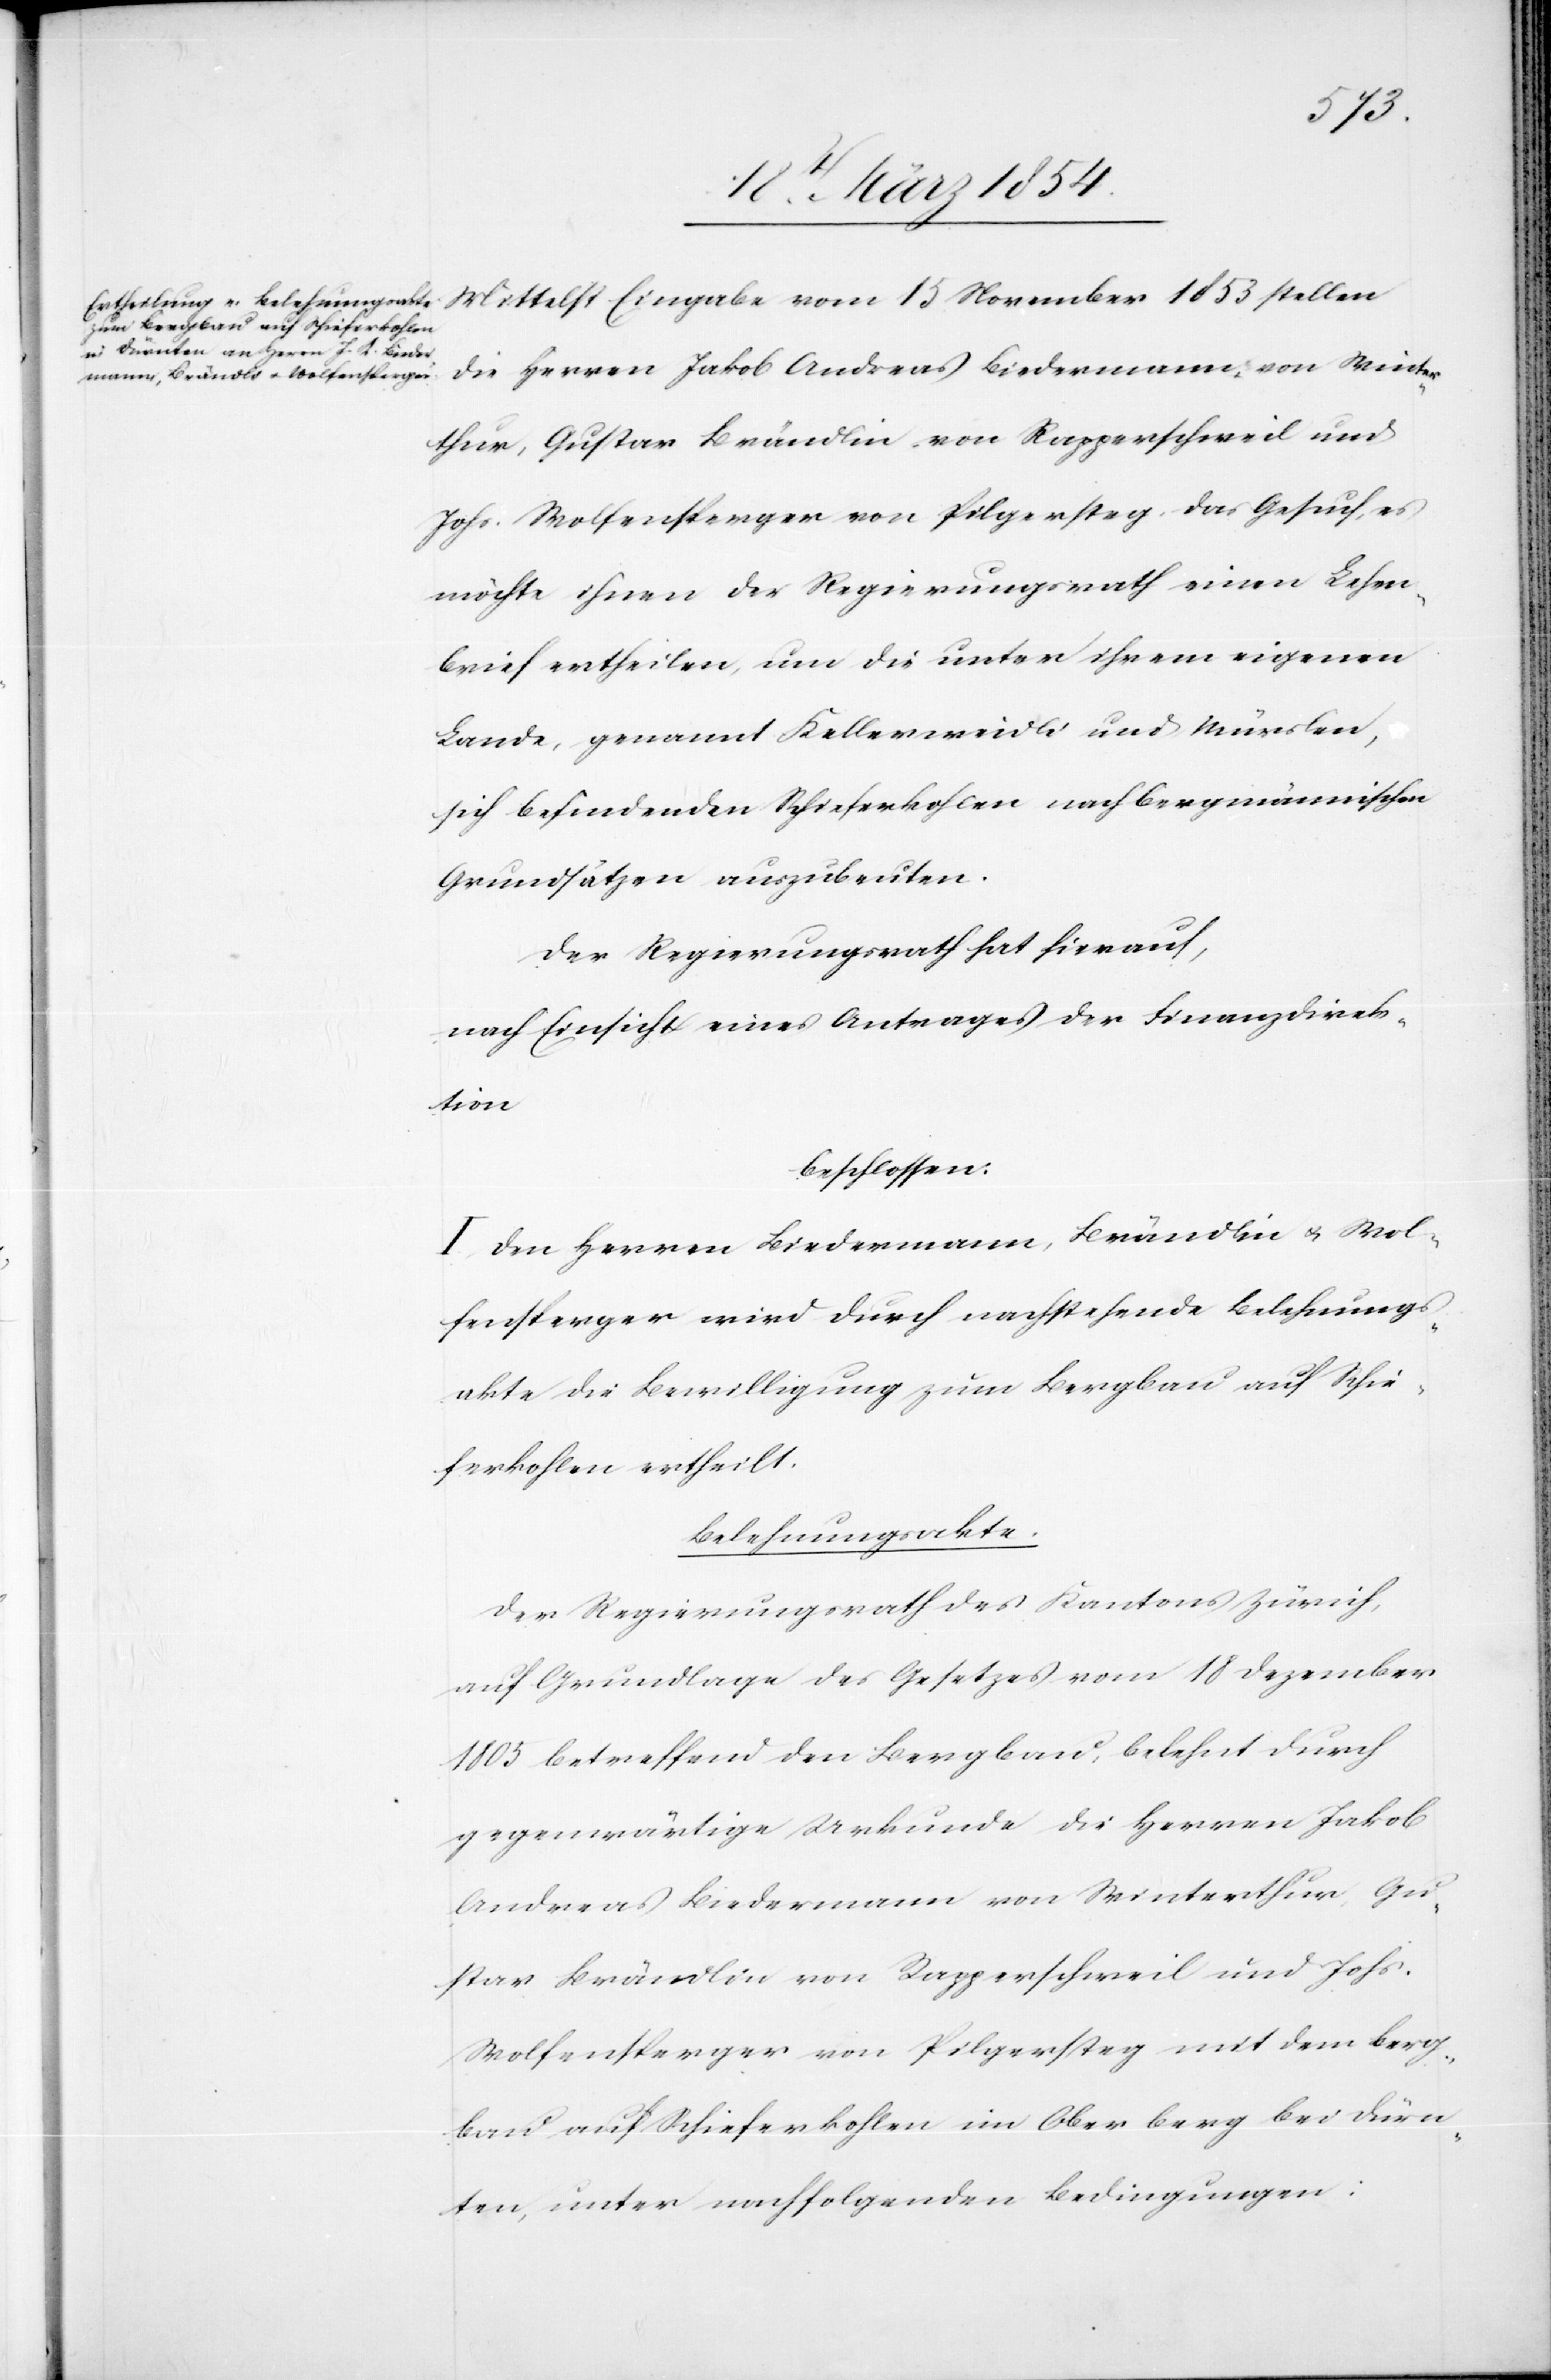
Mittelst Eingabe vom 15 November 1853 stellen
die Herren Jakob Andreas Biedermann, von Winter¬
thur, Gustav Brändli, von Rapperschweil und
Johs. Wolfensperger von Pilgersteg, das Gesuch, es
möchte ihnen der Regierungsrath einen Lehen¬
sbrief ertheilen, um die unter ihrem eigenen
Lande, genannt Kellerweidli und Würslen,
sich befindenden Schieferkohlen nach bergmännischen
Grundsätzen auszubeuten.
Der Regierungsrath hat hierauf,
nach Einsicht eines Antrages der Finanzdirek¬
tion
beschlossen:
I. Den Herren Biedermann, Brändli u. Wol¬
fensperger wird durch nachstehende Belehnungs¬
akte die Bewilligung zum Bergbau auf Schie¬
ferkohlen ertheilt.
Belehnungsakte.
Der Regierungsrath des Kantons Zürich,
auf Grundlage des Gesetzes vom 18 Dezember
1805 betreffend den Bergbau, belehnt durch
gegenwärtige Urkunde die Herren Jakob
Andreas Biedermann von Winterthur, Gu¬
stav Brändli von Rapperschweil und Johs.
Wolfensperger von Pilgersteg mit dem Berg¬
bau auf Schieferkohlen im Oberberg bei Dürn¬
ten, unter nachfolgenden Bedingungen: